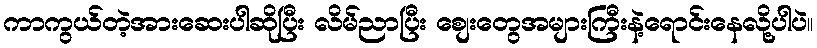
ကာကွယ်တဲ့အားဆေးပါဆိုပြီး လိမ်ညာပြီး စျေးတွေအများကြီးနဲ့ရောင်းနေလို့ပါပဲ။